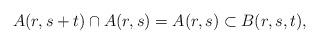
LaTeX: \begin{align*} A(r,s+t) \cap A(r,s) & = A(r,s) \subset B(r,s,t), \end{align*}